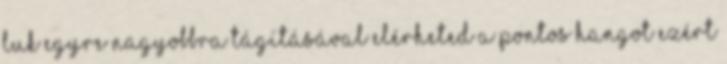
luk egyre nagyobbra tágításával elérheted a pontos hangot Ezért